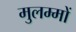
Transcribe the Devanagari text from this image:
मुलम्मों